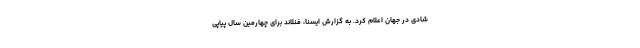
شادی در جهان اعلام کرد. به گزارش ایسنا،‌ فنلاند برای چهارمین سال پیاپی